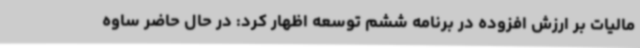
مالیات بر ارزش افزوده در برنامه ششم توسعه اظهار کرد: در حال حاضر ساوه